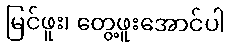
မြင်ဖူး၊ တွေ့ဖူးအောင်ပါ